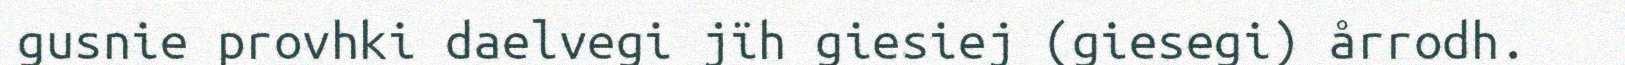
gusnie provhki daelvegi jïh giesiej (giesegi) årrodh.